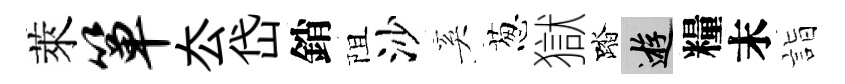
萊箪厺岱銷阻沙奚葱獄踏游糧末詣